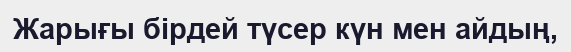
Жарығы бірдей түсер күн мен айдың,